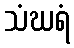
သံဃရံ